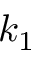
k _ { 1 }